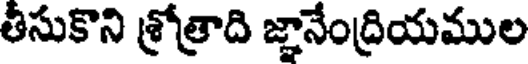
తీసుకొని శ్రోత్రాది జ్ఞానేంద్రియముల